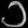
Digit: ၁